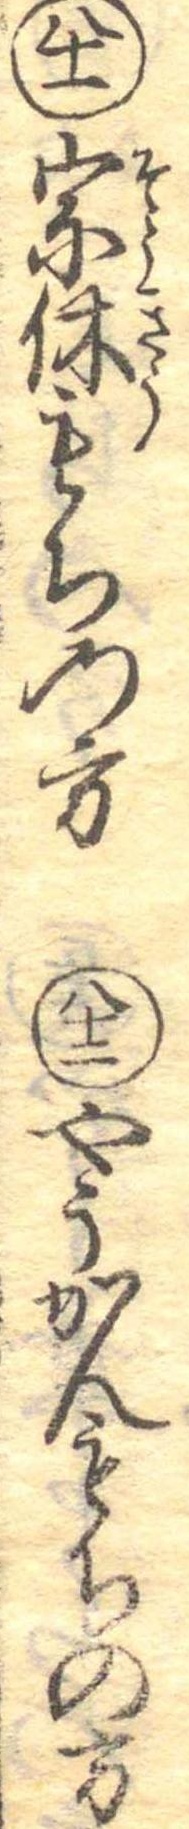
八十一宗休もちの方八十二やうかんもちの方